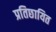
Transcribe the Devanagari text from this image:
प्रतिछायित